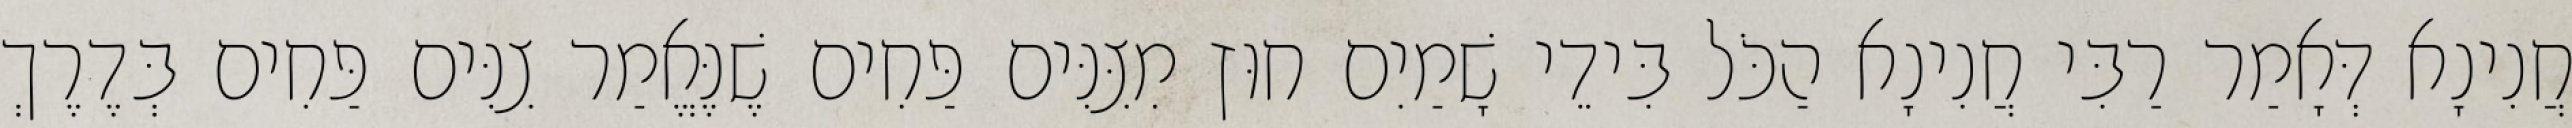
חֲנִינָא דְּאָמַר רַבִּי חֲנִינָא הַכֹּל בִּידֵי שָׁמַיִם חוּץ מִצִּנִּים פַּחִים שֶׁנֶּאֱמַר צִנִּים פַּחִים בְּדֶרֶךְ